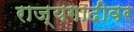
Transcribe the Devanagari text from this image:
राज्यगादीवर